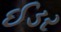
ઈડર